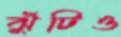
ঝুঁটিও